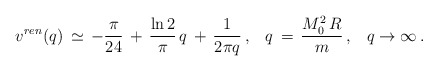
\begin{align*}v^{ren}(q)\,\simeq \,-\frac{\pi}{24}\,+\,\frac{\ln 2}{\pi}\,q\,+\,\frac{1}{2\pi q}\,{,}\quad q\,=\,\frac{M_0^2\,R}{m}\,{,} \quad q\to\infty \,{.}\end{align*}